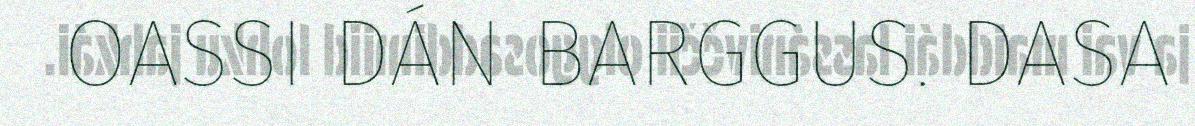
OASSI DÁN BARGGUS. DASA